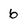
Character: 6